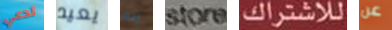
تدعي يعيد إنه store للاشتراك عن